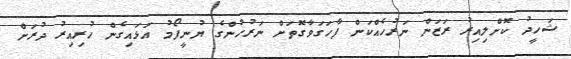
ޝަހީދު ކޮށްލިއިރު ރަޒަން ނަރުހެއްކަން ފާހަގަވާގޮތަށް ނަރުހުންގެ ޔުނީފޯމު އަޅައިގެން ހުރިއިރު ދުރަށް